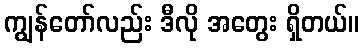
ကျွန်တော်လည်း ဒီလို အတွေး ရှိတယ်။